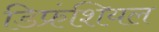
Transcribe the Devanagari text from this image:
डिफ्रंशियल